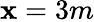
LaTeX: \mathbf{x}=3m